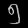
Digit: ၅